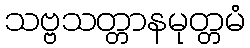
သဗ္ဗသတ္တာနမုတ္တမံ